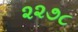
૨૨૭૮